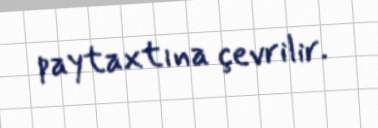
paytaxtına çevrilir.